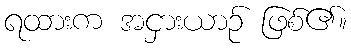
ရထားက အငှားယာဉ် ဖြစ်၏။